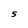
Character: 5